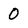
Character: 0